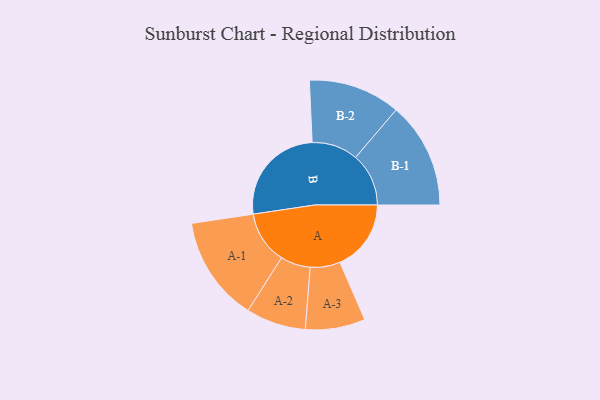
{"axis": {"x": "Segment", "y": "Value"}, "legend": ["", "A", "B"], "data": [{"x": "A", "y": 326, "type": ""}, {"x": "B", "y": 470, "type": ""}, {"x": "A-1", "y": 241, "type": "A"}, {"x": "A-2", "y": 137, "type": "A"}, {"x": "A-3", "y": 137, "type": "A"}, {"x": "B-1", "y": 243, "type": "B"}, {"x": "B-2", "y": 211, "type": "B"}]}